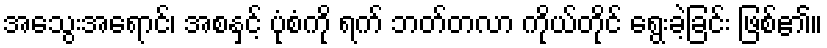
အသွေးအရောင်၊ အစနှင့် ပုံစံကို ရက် ဘတ်တလာ ကိုယ်တိုင် ရွေးခဲ့ခြင်း ဖြစ်၏။